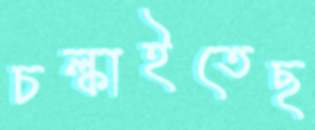
চল্‌কাইতেছ